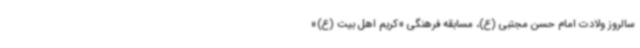
سالروز ولادت امام حسن مجتبی (ع)، مسابقه فرهنگی «کریم اهل بیت (ع)»